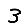
Digit: 3